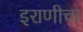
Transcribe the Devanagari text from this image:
इराणीचा